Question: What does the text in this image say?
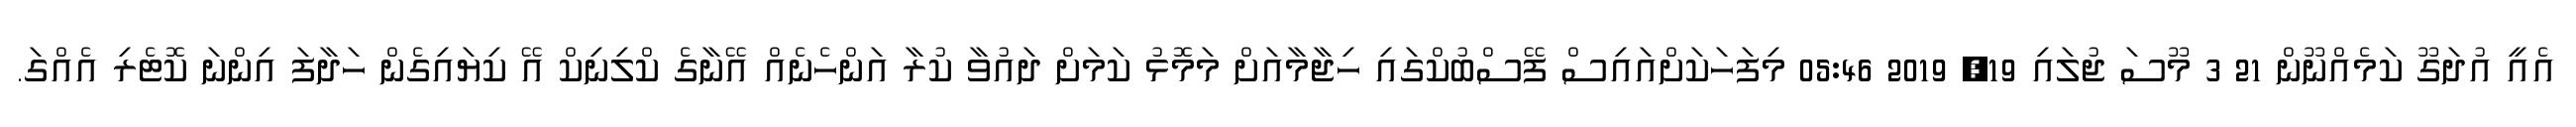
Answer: އެއީ އުދަގޫ ކަމެއްނޫން 21 3 މޫސަ ޖުލައި 19, 2019 05:46 މިފަހަކަށްއައިސް ފޭސްބުކްގައި ހިޖާމާއަށް މަމޮޅު ކަމަށް ދައުވާ ކުރާ އަންހެނެއް އޭނާގެ ކްލިނިކް އޭ ކިޔައިގެން ހަދާފަ އިންނަ ކޮޓެރި އެއްގަ.